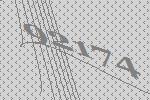
92174